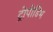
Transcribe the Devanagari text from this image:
ट्रोपीडिंभ